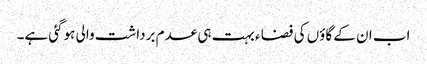
اب ان کے گاؤں کی فضا ء بہت ہی عدم برداشت والی ہوگئی ہے۔